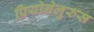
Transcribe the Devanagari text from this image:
प्रियोनेलुरुस